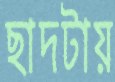
ছাদটায়